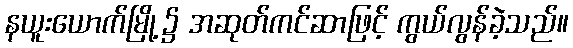
နယူးယောက်မြို့၌ အဆုတ်ကင်ဆာဖြင့် ကွယ်လွန်ခဲ့သည်။